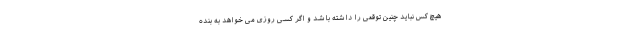
هیچ کس نباید چنین توقعی را داشته باشد و اگر کسی روزی می خواهد به بنده